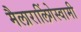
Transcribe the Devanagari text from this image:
मैलारालिंगेस्वामी